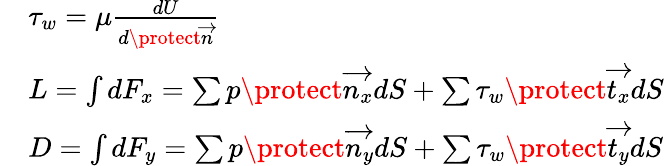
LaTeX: \begin{array}{rl}&{\tau_{w}=\mu\frac{dU}{d\protect\overrightarrow{n}}}\\ &{L=\int dF_{x}=\sum p\protect\overrightarrow{n_{x}}dS+\sum\tau_{w}\protect\overrightarrow{t_{x}}dS}\\ &{D=\int dF_{y}=\sum p\protect\overrightarrow{n_{y}}dS+\sum\tau_{w}\protect\overrightarrow{t_{y}}dS}\end{array}